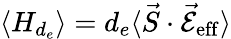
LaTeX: \langle H_{d_{e}}\rangle=d_{e}\langle\vec{S}\cdot\mathcal{\vec{E}}_{\mathrm{eff}}\rangle